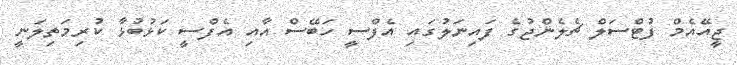
ޖީއޭއެމް ފުޓްސަލް ޗެލެންޖުގެ ފައިނަލުގައި އެފްސީ ހަބޭސް އާއި އެފްސީ ކަޅުބުޅާ ކުރިމަތިލަނީ